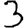
Digit: 3